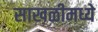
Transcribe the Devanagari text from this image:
साखळीमध्ये